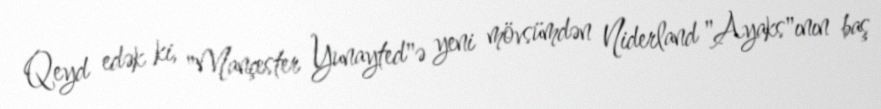
Qeyd edək ki, "Mançester Yunayted"ə yeni mövsümdən Niderland "Ayaks"ının baş